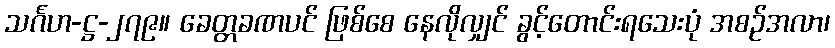
သင်္ဂဟ-ဋ္ဌ-၂၇၉။ ခေတ္တခဏပင် ဖြစ်စေ နေလိုလျှင် ခွင့်တောင်းရသေးပုံ အစဉ်အလာ၊